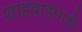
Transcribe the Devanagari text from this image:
शाहबाझगढी